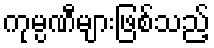
ကုမ္ပဏီများဖြစ်သည့်